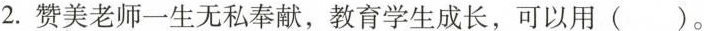
2.赞美老师一生无私奉献，教育学生成长，可以用（）。